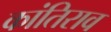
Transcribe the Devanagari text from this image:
कांतिराव